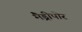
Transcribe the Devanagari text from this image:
मैड्रीपोर